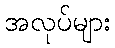
အလုပ်များ